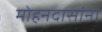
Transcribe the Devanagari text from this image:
मोहनदासांना